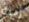
إبنة